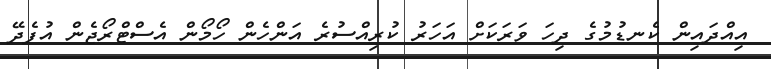
އިއްދައިން ކެނޑުމުގެ ދިހަ ވަރަކަށް އަހަރު ކުރިއްސުރެ އަންހެން ހޯމޯން އެސްޓްރޯޖެން އުފެދޭ